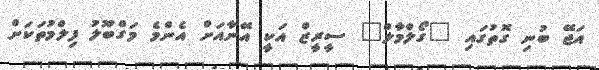
އަޖޭ ބުނި ގޮތުގައި "ގޯލްމާލް" ސީރީޒް އަކީ އޭނާއަށް އެންމެ މަގްބޫލު ފިލްމުތަކަށް